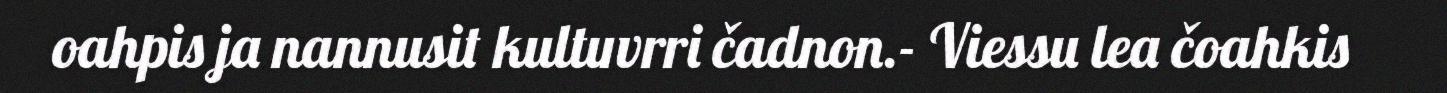
oahpis ja nannusit kultuvrri čadnon.- Viessu lea čoahkis